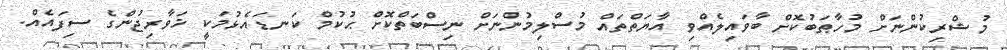
މުޝްރިކުންނަށް މުހާޠަބުކޮށް ބާވައިލެއްވި އާޔަތްތައް މުސްލިމުންނަށް ނިސްބަތްކޮށް ޙުކުމް ކަނޑައެޅުމަކީ ޚަވާރިޖުންގެ ސިފައެއް.